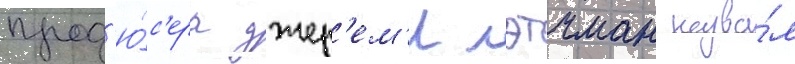
прод'ю́с'ера джер'ем'и лэтчман назва́л